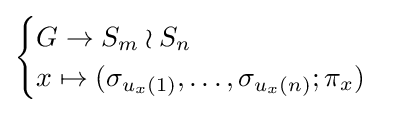
{\begin{cases}G\to S_{m}\wr S_{n}\\x\mapsto (\sigma _{u_{x}(1)},\ldots ,\sigma _{u_{x}(n)};\pi _{x})\end{cases}}